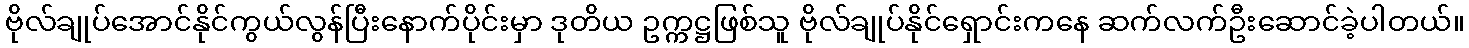
ဗိုလ်ချုပ်အောင်နိုင်ကွယ်လွန်ပြီးနောက်ပိုင်းမှာ ဒုတိယ ဥက္ကဋ္ဌဖြစ်သူ ဗိုလ်ချုပ်နိုင်ရှောင်းကနေ ဆက်လက်ဦးဆောင်ခဲ့ပါတယ်။